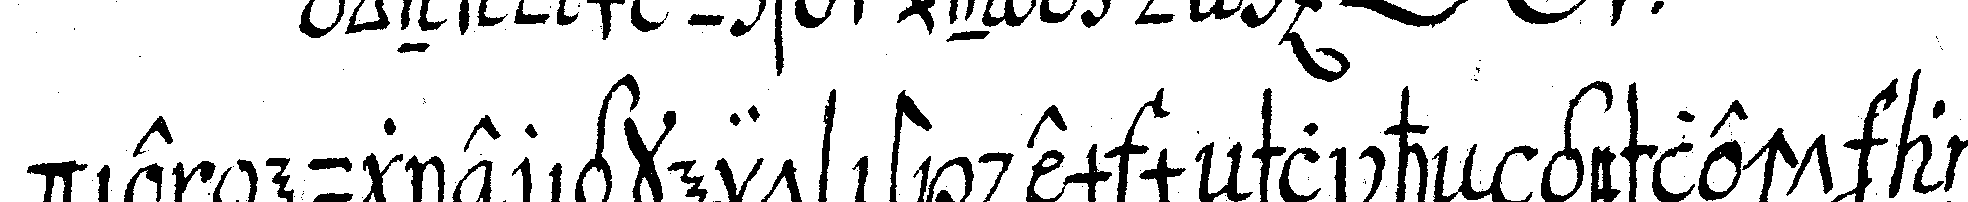
die neugierigkeit ist dem meNschlicheN geschlecht an